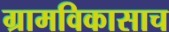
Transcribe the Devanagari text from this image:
ग्रामविकासाच